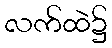
လက်ထဲ၌